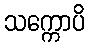
သက္ကောပိ